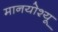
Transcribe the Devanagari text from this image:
मानयोश्यू